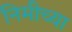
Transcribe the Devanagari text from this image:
निमीच्या